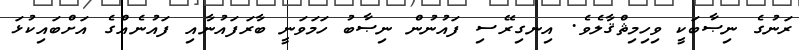
ރަނުގެ ނިޞާބަކީ ވިހިމިޘްޤާލެވެ. އިނގިރޭސި ފައުނުން ނިޞާބު ހަމަވަނީ ބާރަފައުނާއި ފައުނެއްގެ އަށްބައިކުޅަ